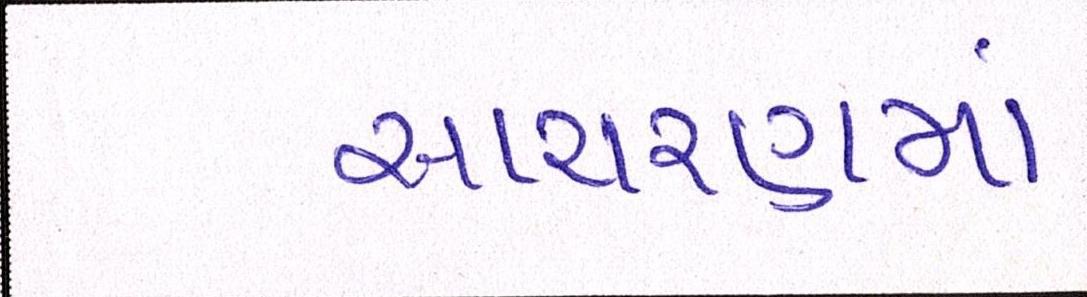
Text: આચરણમાં